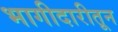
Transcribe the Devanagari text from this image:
भागीदारीतून